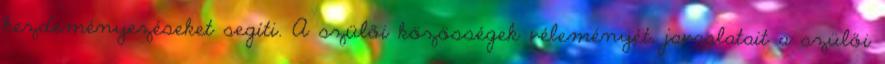
kezdeményezéseket segíti. A szülői közösségek véleményét, javaslatait a szülői